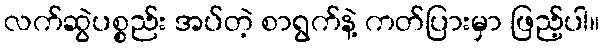
လက်ဆွဲပစ္စည်း အပ်တဲ့ စာရွက်နဲ့ ကတ်ပြားမှာ ဖြည့်ပါ။